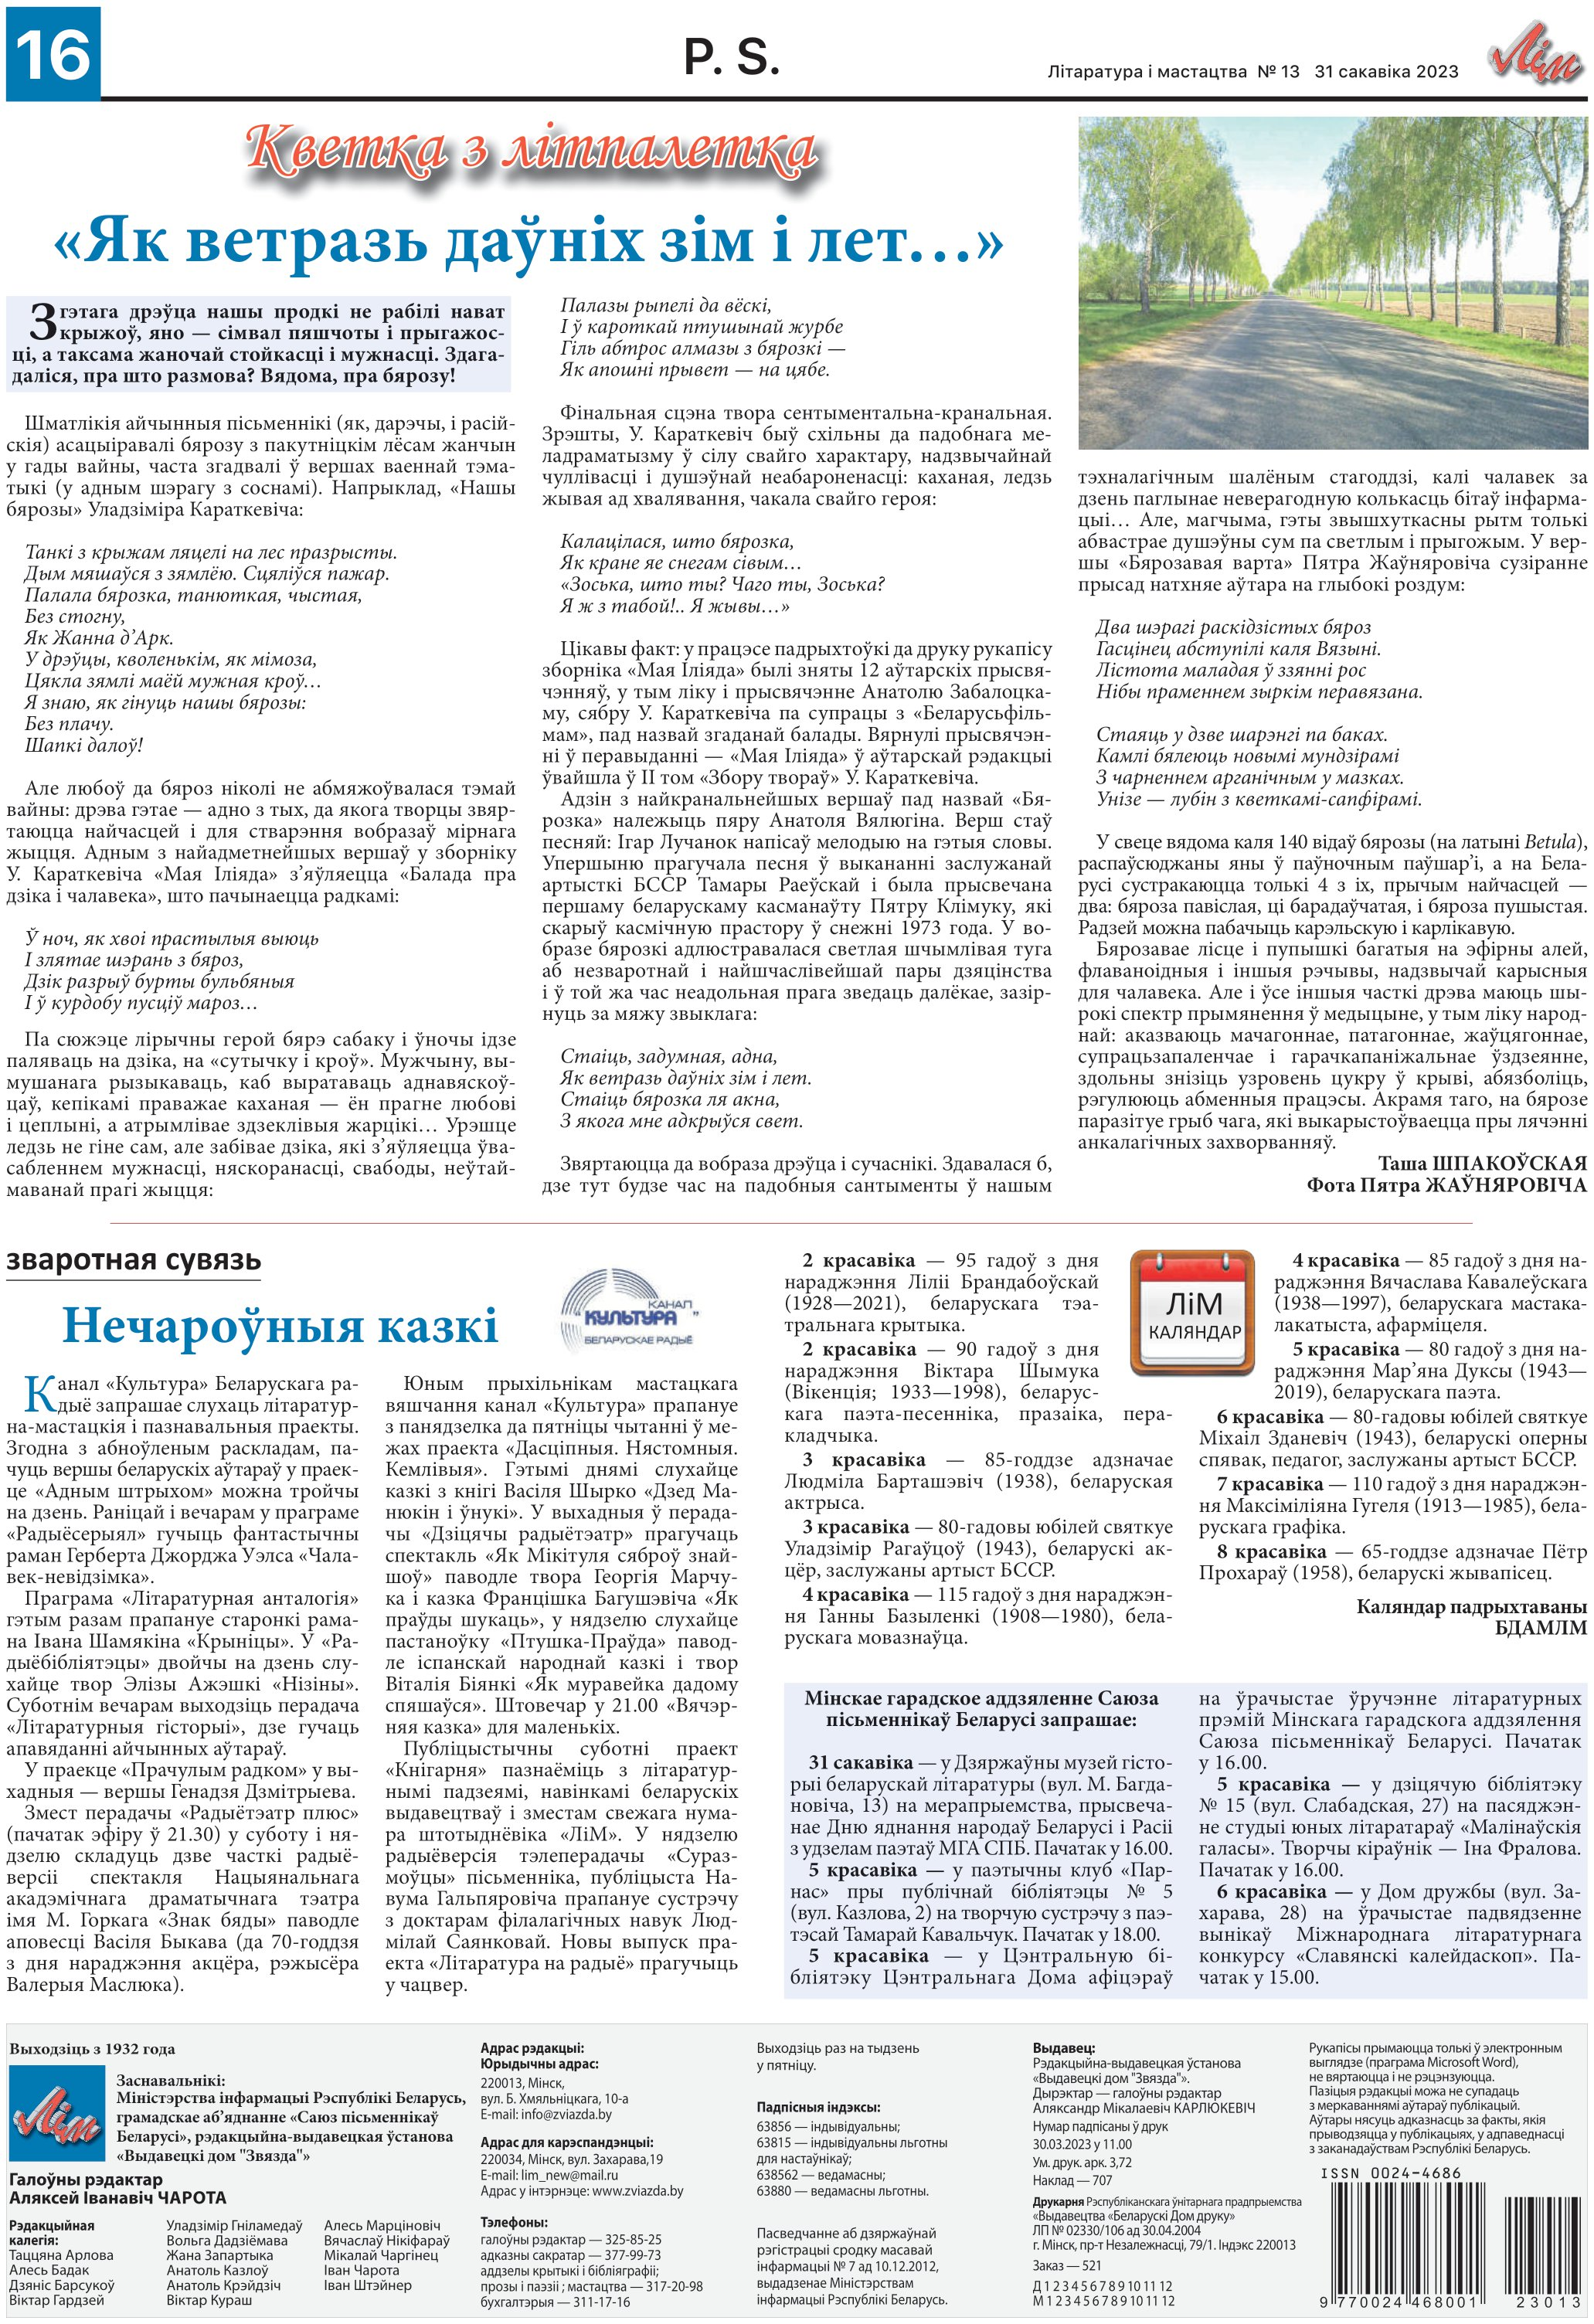
Language: be